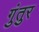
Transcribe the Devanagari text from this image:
गुंतुर